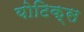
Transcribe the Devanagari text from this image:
योटिक्स